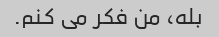
بله، من فکر می کنم.